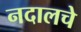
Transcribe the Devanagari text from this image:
नदालचे